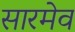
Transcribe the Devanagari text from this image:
सारमेव